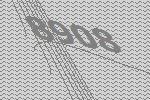
8908